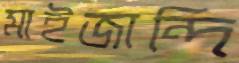
মাইজান্দি